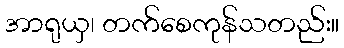
အာရုယှ၊ တက်စေကုန်သတည်း။